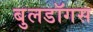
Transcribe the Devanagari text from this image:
बुलडॉगस